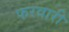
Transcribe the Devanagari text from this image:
फरवारी